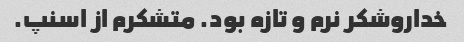
خداروشکر نرم و تازه بود. متشکرم از اسنپ.